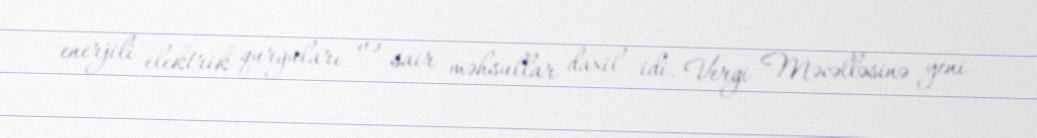
enerjili elektrik qurğuları və sair məhsullar daxil idi. Vergi Məcəlləsinə yeni